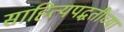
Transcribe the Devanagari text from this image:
साहित्यपद्धतीच्या